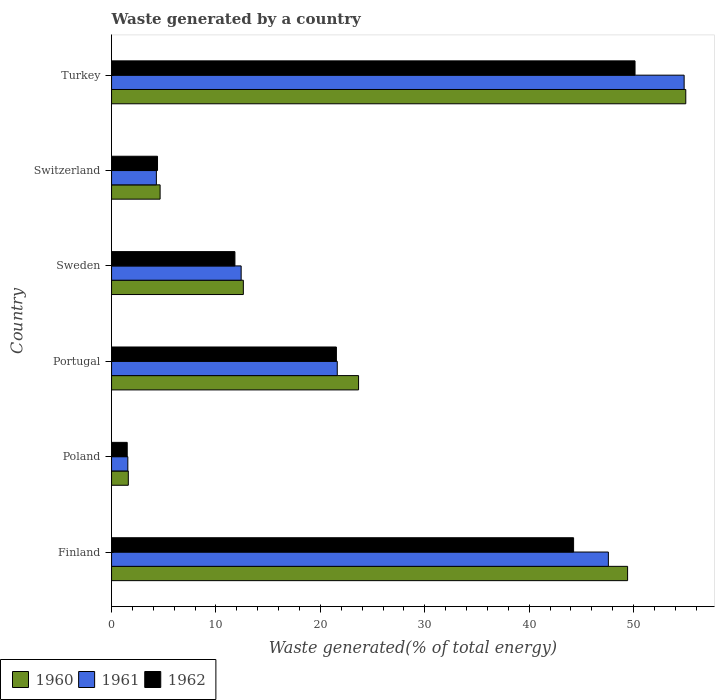
| Country | 1960 | 1961 | 1962 |
 | --- | --- | --- | --- |
 | Finland | 49.4 | 47.6 | 44.3 |
 | Poland | 1.6 | 1.56 | 1.5 |
 | Portugal | 23.7 | 21.6 | 21.5 |
 | Sweden | 12.6 | 12.4 | 11.8 |
 | Switzerland | 4.65 | 4.29 | 4.4 |
 | Turkey | 55 | 54.8 | 50.1 |